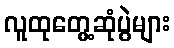
လူထုတွေ့ဆုံပွဲများ